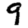
Digit: 9